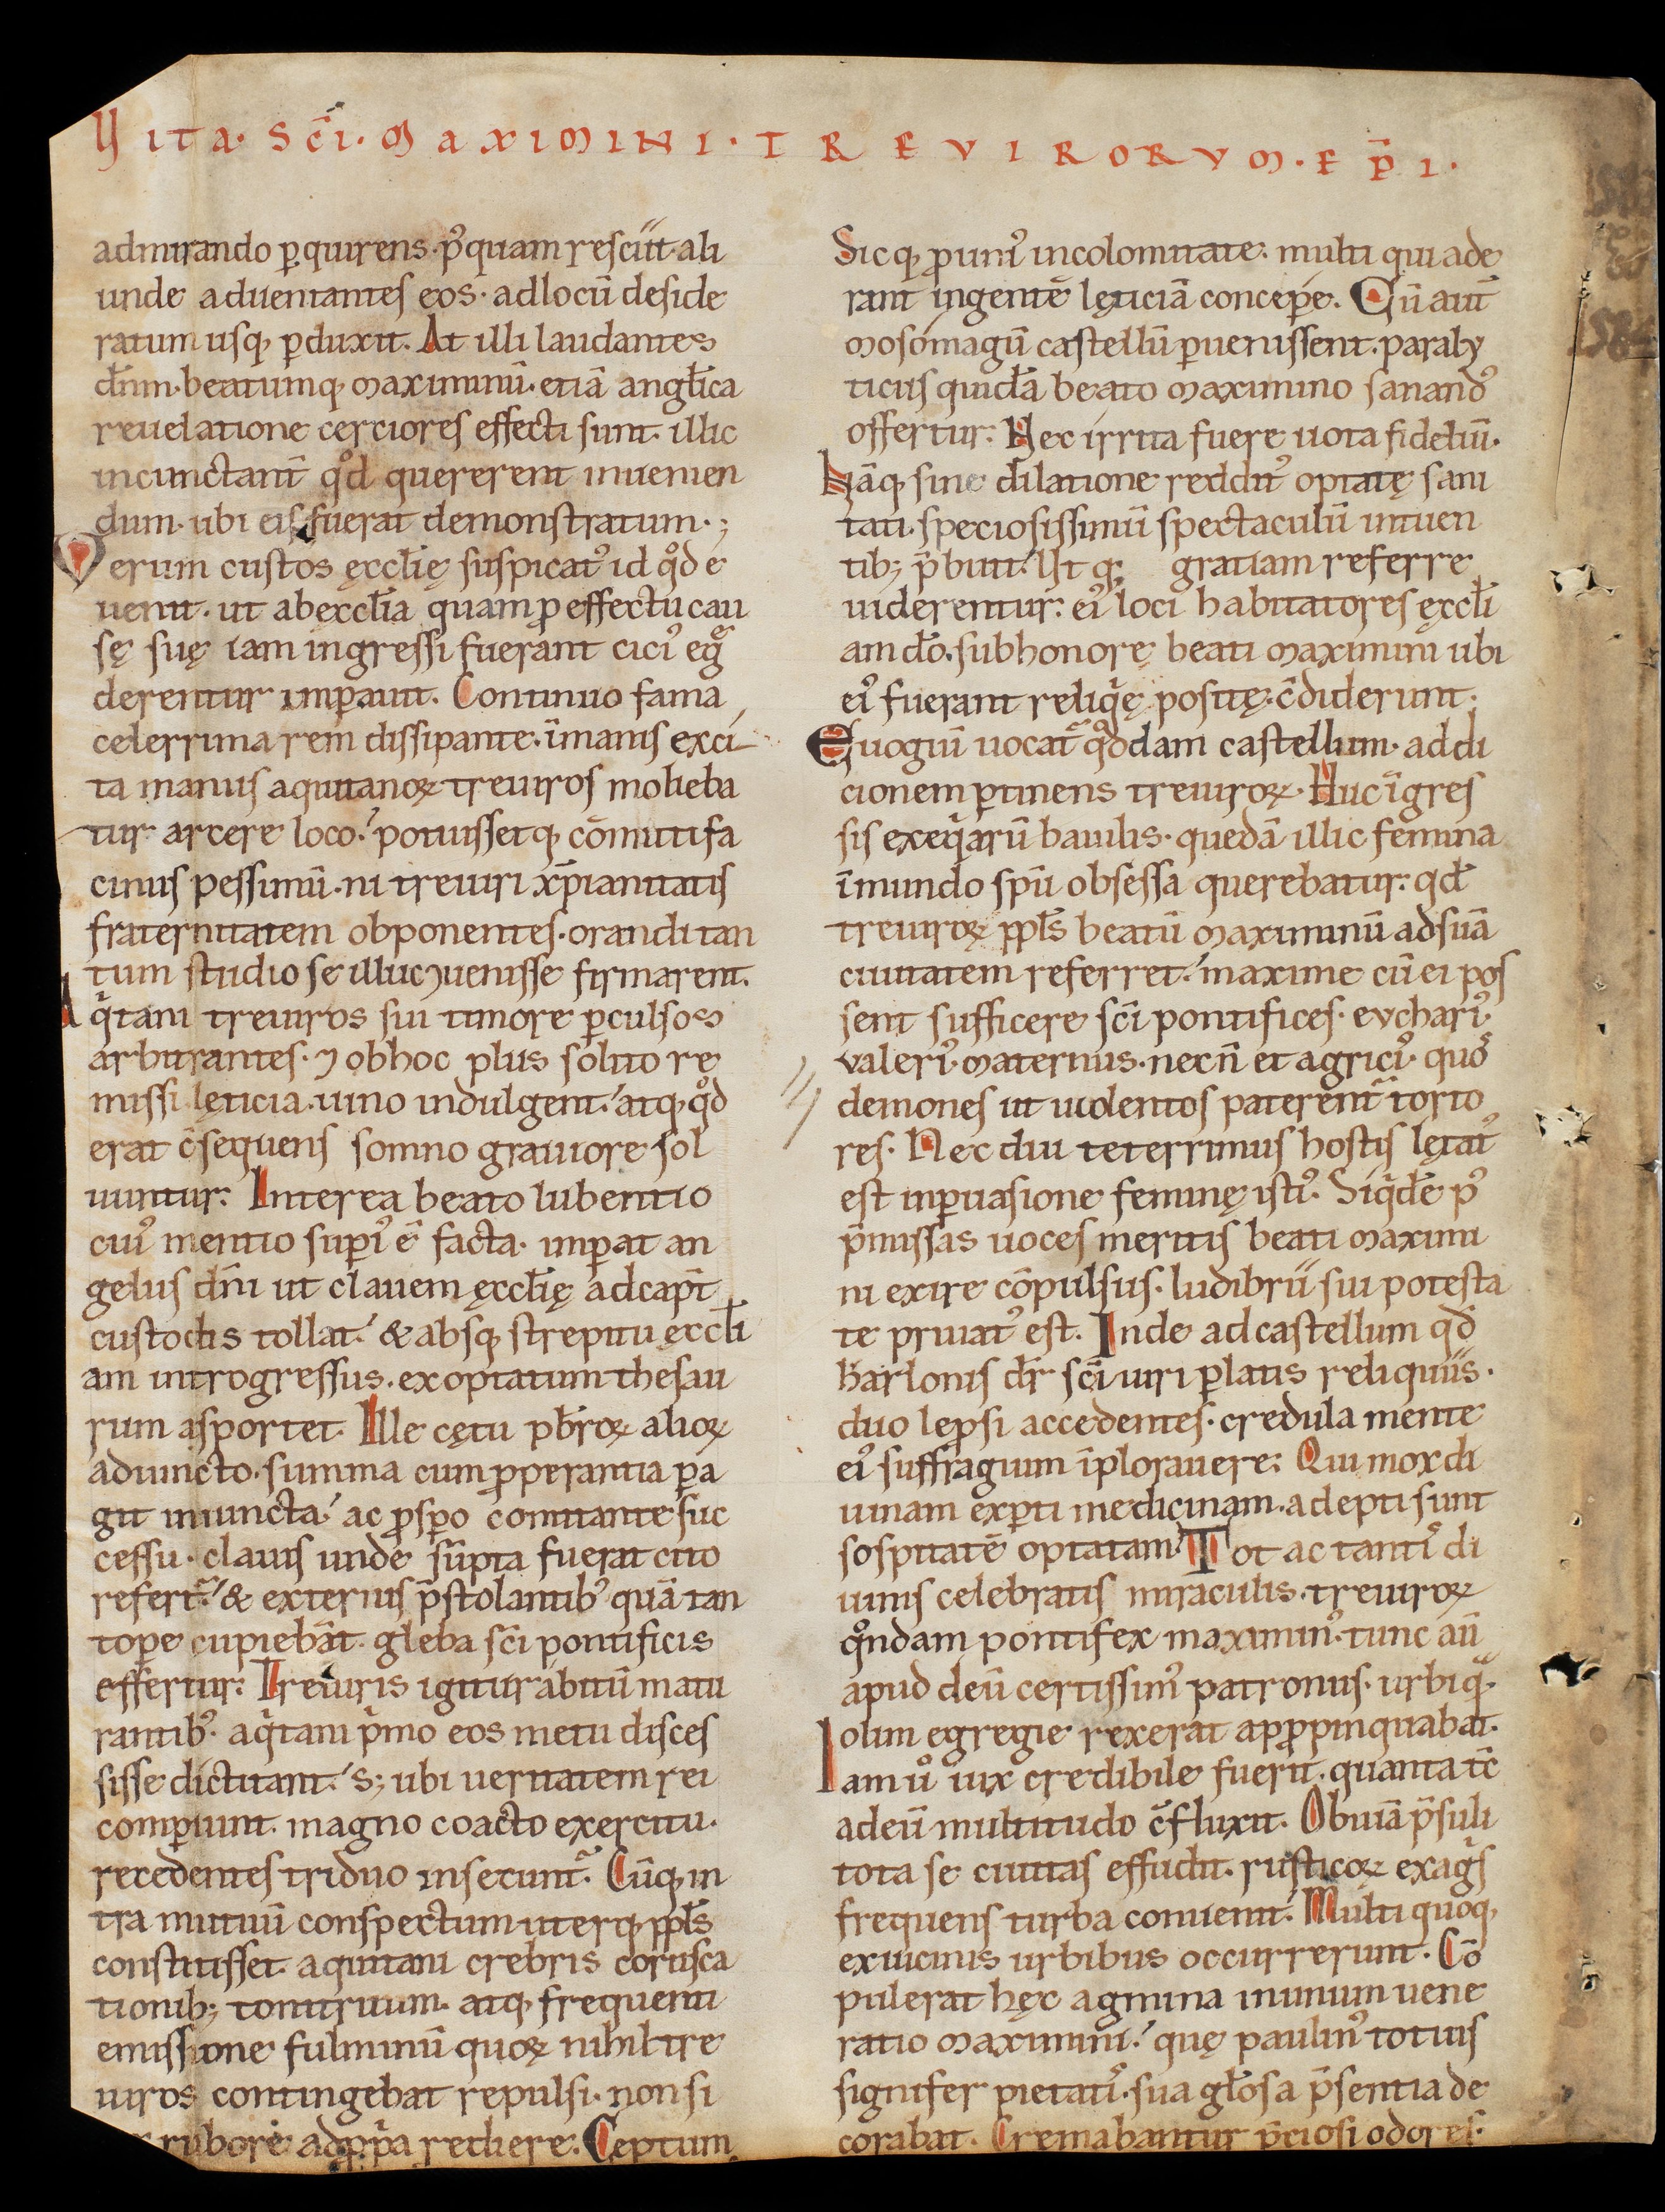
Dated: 1140–1170